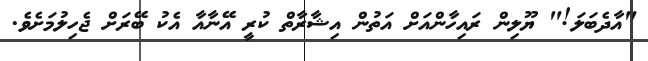
"އާދެބަލަ!" ޔޫލިން ރައިހާންއަށް އަތުން އިޝާރާތް ކުރީ އޭނާއާ އެކު ބޭރަށް ޖެހިލުމަށެވެ.